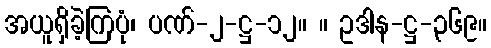
အယူရှိခဲ့ကြပုံ၊ ပဏ်-၂-ဋ္ဌ-၁၂။ ။ ဥဒါန-ဋ္ဌ-၃၆၉။